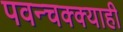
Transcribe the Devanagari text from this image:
पवन्चक्क्याही